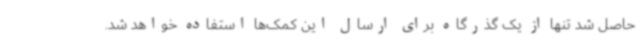
حاصل شد تنها از یک گذرگاه برای ارسال این کمک‌ها استفاده خواهد شد.